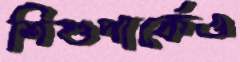
শিশুপার্কেও